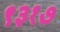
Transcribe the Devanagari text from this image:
९३१७